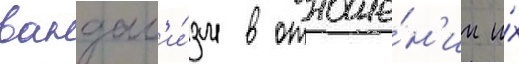
вандал'и́зм в отноше́н'ии и́х